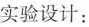
实验设计：